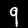
Digit: 9